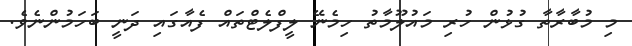
މި މުބާރާތާ ގުޅުން ހުރި މައުލޫމާތު ހިމެނޭ ލީފްލެޓްތައް ފެއާގައި ދަނީ ބަހަމުންނެވެ.